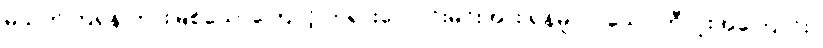
မသတ်ကြရန် တားမြစ်သောကြောင့် ဘုရားလောင်းမင်းအား ရန်မူလာသော ဘီလူးအကြောင်း။